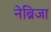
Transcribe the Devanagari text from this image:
नेब्रिजा